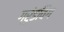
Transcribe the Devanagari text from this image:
ग्रुंडविग